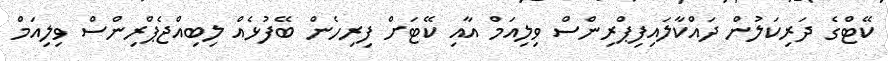
ކޭޓްގެ ދަރިކަލުން ދައްކާލައިފިޕްރިންސް ވިލިއަމް އާއި ކޭޓަށް ފިރިހެން ބޭފުޅެއް ލިބިއްޖެޕްރިންސް ވިލިއަމް